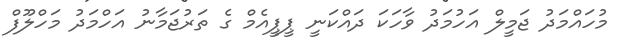
މުހައްމަދު ޖަމީލް އަހުމަދު ވާހަކަ ދަައްކަނީ ޕީޕީއެމް ގެ ތަރުޖަމާނު އަހްމަދު މަހްލޫފް